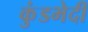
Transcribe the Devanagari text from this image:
कुंडभेदी